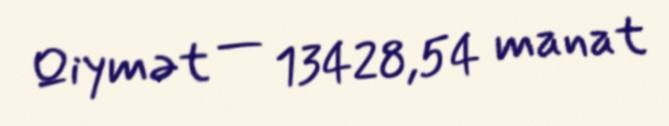
Qiymət — 13428,54 manat